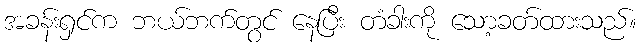
အခန်းရှင်က ဘယ်ဘက်တွင် နေပြီး တံခါးကို သော့ခတ်ထားသည်။